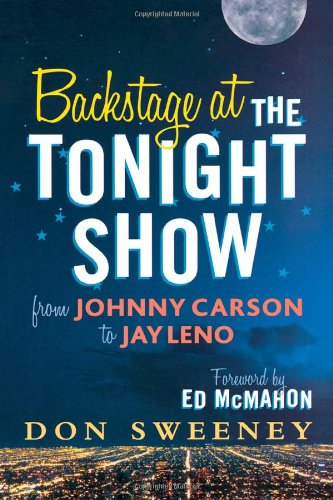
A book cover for Backstage at the Tonight Show: From Johnny Carson to Jay Leno; Don Sweeney; Humor & Entertainment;